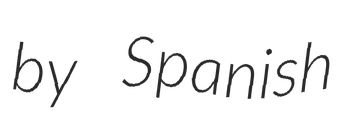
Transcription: by Spanish